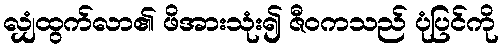
လျှံထွက်လာ၏ ဖိအားသုံး၍ ဇီဝကသည် ပုံပြင်ကို